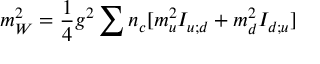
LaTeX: m _ { W } ^ { 2 } = { \frac { 1 } { 4 } } g ^ { 2 } \sum n _ { c } [ m _ { u } ^ { 2 } I _ { u ; d } + m _ { d } ^ { 2 } I _ { d ; u } ] \,